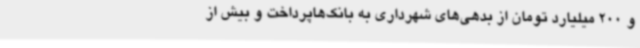
و 200 میلیارد تومان از بدهی‌های شهرداری به بانک‌هاپرداخت و بیش از